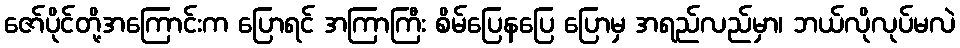
ဇော်ပိုင်တို့အကြောင်းက ပြောရင် အကြာကြီး စိမ်ပြေနပြေ ပြောမှ အရည်လည်မှာ၊ ဘယ်လိုလုပ်မလဲ